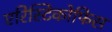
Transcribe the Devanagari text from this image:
एरिस्टिकोफिस